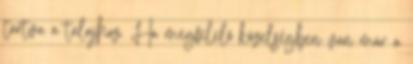
tartva a talajhoz. Ha megfelelő közelségben van már a